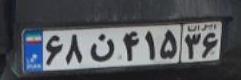
۶۸ن۴۱۵۳۶